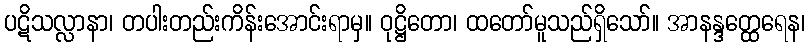
ပဋိသလ္လာနာ၊ တပါးတည်းကိန်းအောင်းရာမှ။ ဝုဋ္ဌိတော၊ ထတော်မူသည်ရှိသော်။ အာနန္ဒတ္ထေရေန၊